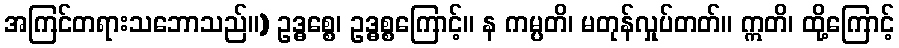
အကြင်တရားသဘောသည်။) ဥဒ္ဓစ္စေ၊ ဥဒ္ဓစ္စကြောင့်။ န ကမ္ပတိ၊ မတုန်လှုပ်တတ်။ ဣတိ၊ ထို့ကြောင့်